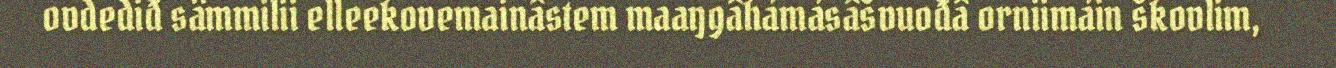
ovdediđ sämmilii elleekovemainâstem maaŋgâhámásâšvuođâ orniimáin škovlim,